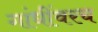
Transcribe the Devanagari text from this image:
गांधींवरच